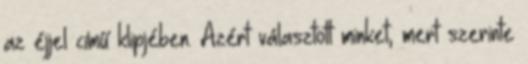
az éjjel című klipjében. Azért választott minket, mert szerinte